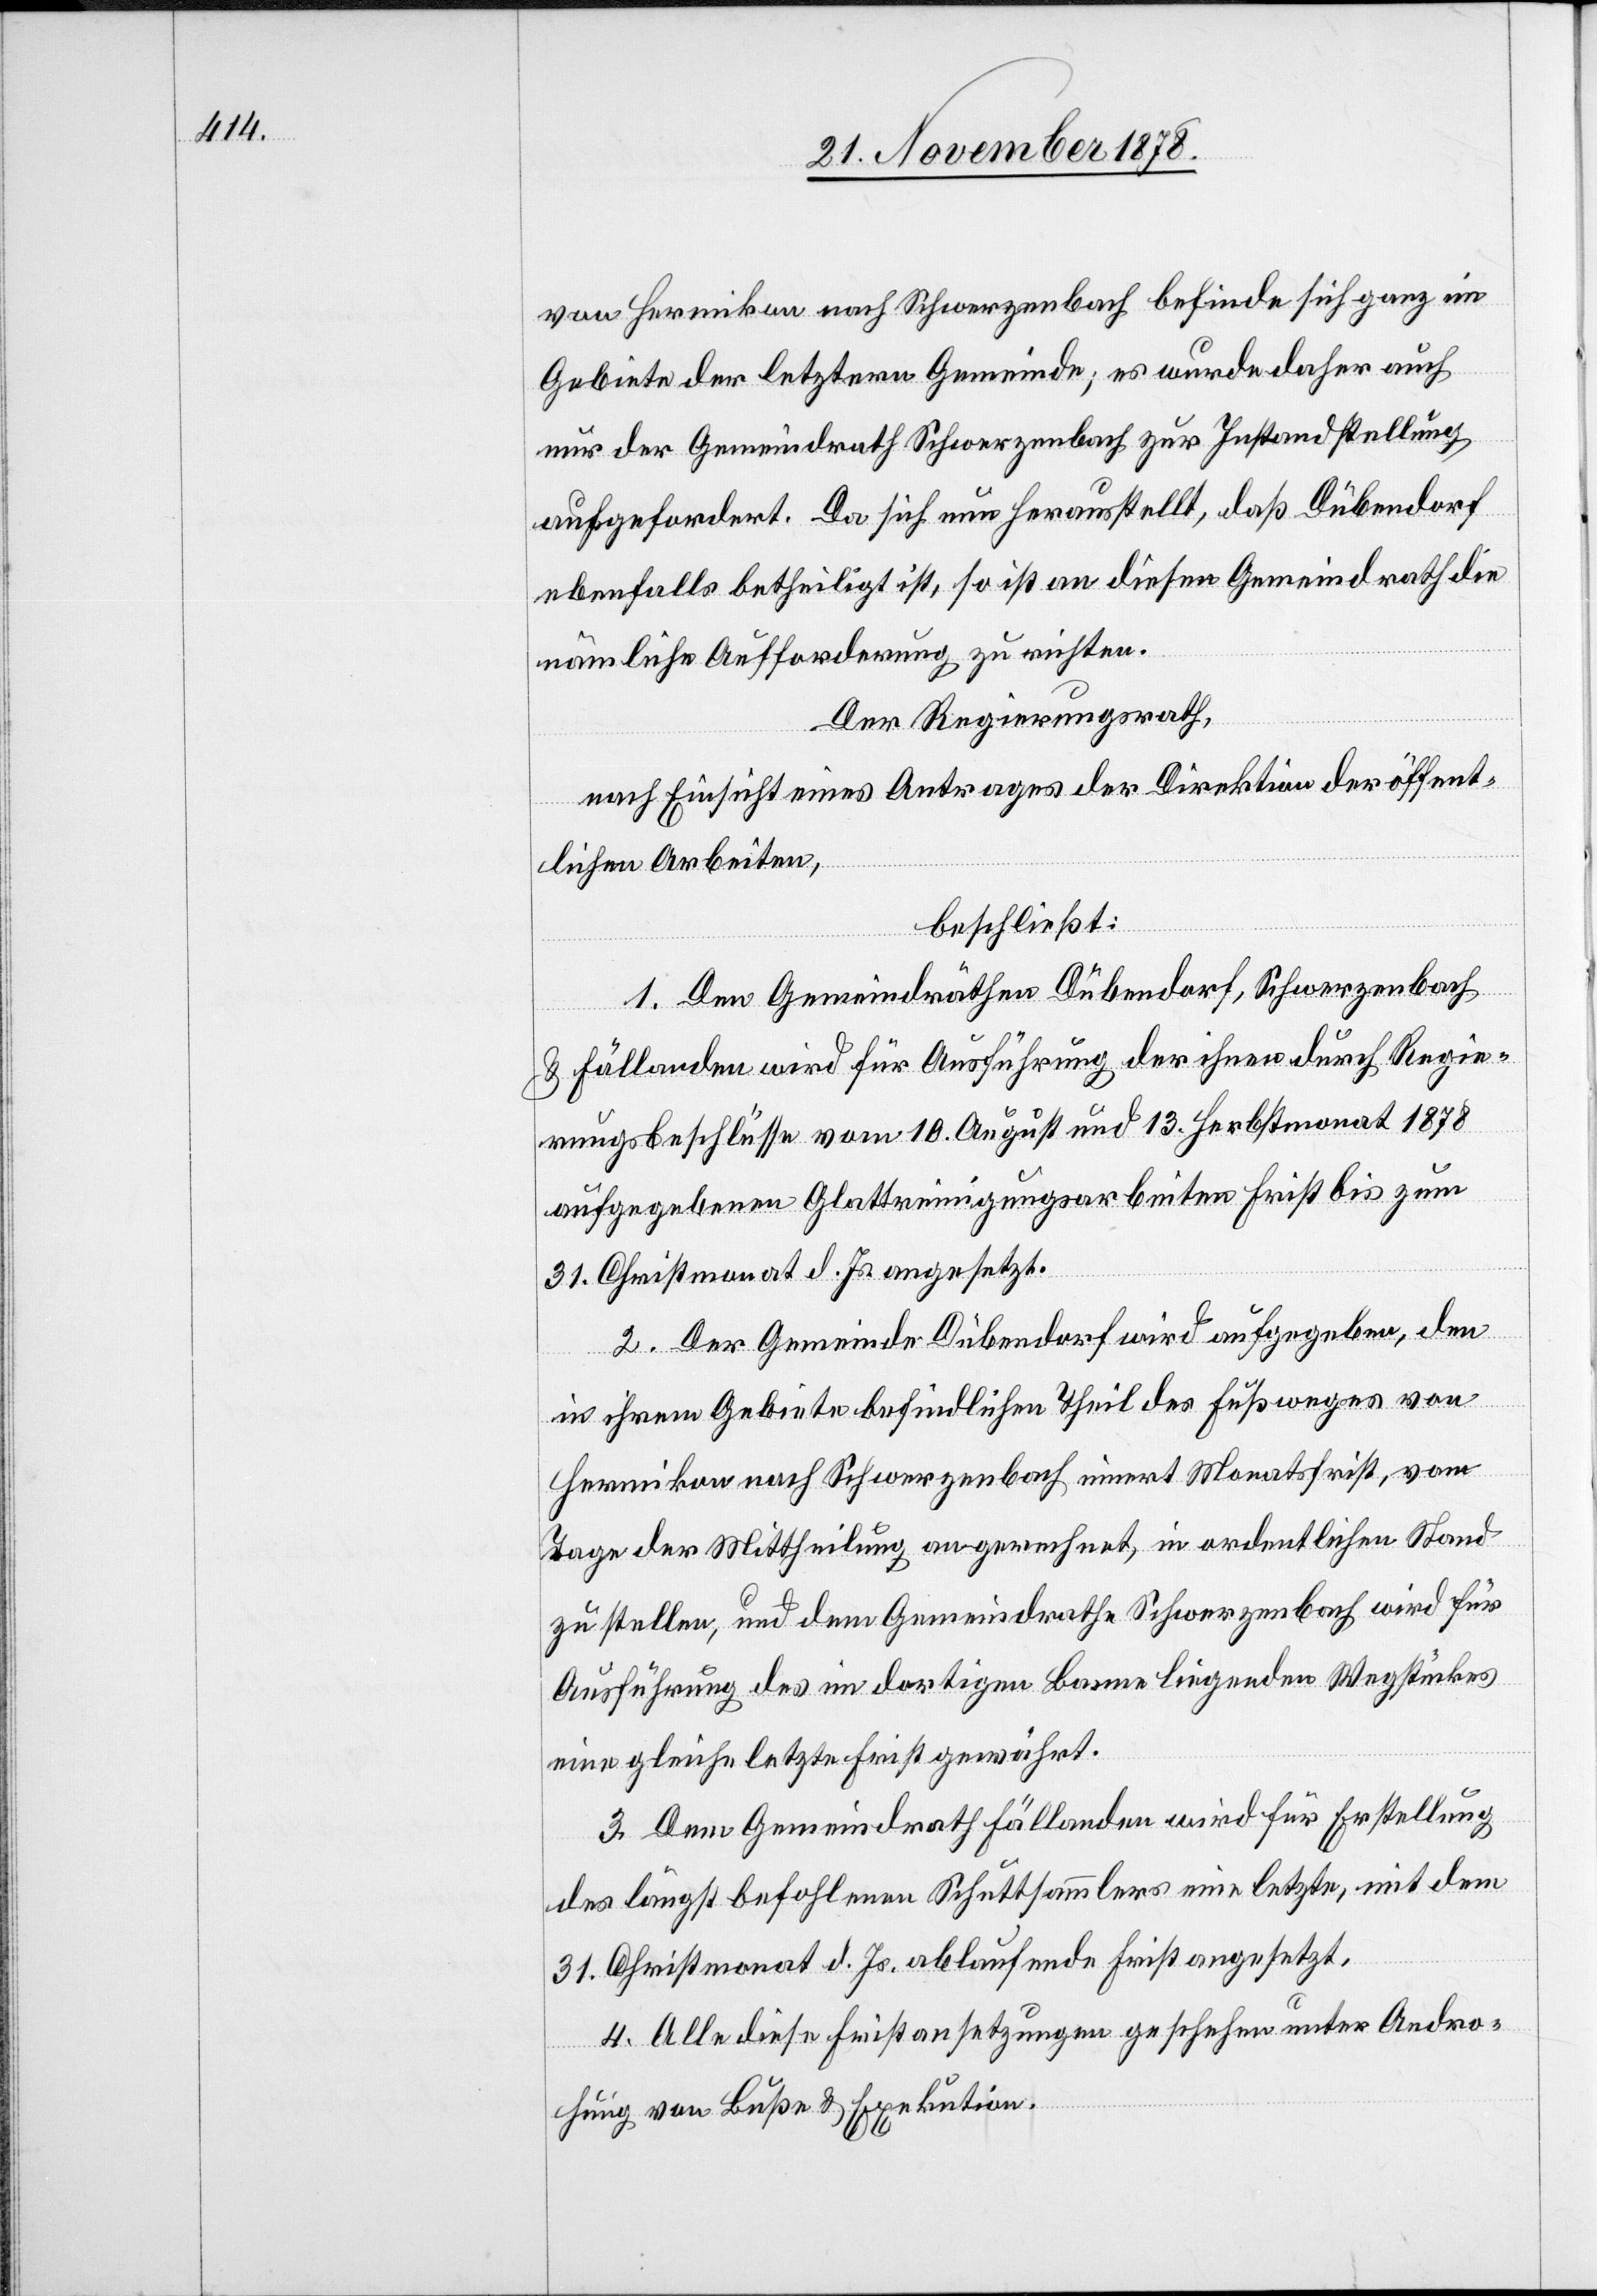
von Hermikon nach Schwerzenbach befinde sich ganz im
Gebiete der letztern Gemeinde; es wurde daher auch
nur der Gemeindrath Schwerzenbach zur Instandstellung
aufgefordert. Da sich nun herausstellt, daß Dübendorf
ebenfalls betheiligt ist, so ist an diesen Gemeindrath die
nämliche Aufforderung zu richten.
Der Regierungsrath,
nach Einsicht eines Antrages der Direktion der öffent¬
lichen Arbeiten,
beschließt:
1. Den Gemeindräthen Dübendorf, Schwerzenbach
& Fällanden wird für Ausführung der ihnen durch Regie¬
rungsbeschlüsse vom 10. August und 13. Herbstmonat 1878
aufgegebenen Glattreinigungsarbeiten Frist bis zum
31. Christmonat d. Js. angesetzt.
2. Der Gemeinde Dübendorf wird aufgegeben, den
in ihrem Gebiete befindlichen Theil des Fußweges von
Hermikon nach Schwerzenbach innert Monatsfrist, vom
Tage der Mittheilung an gerechnet, in ordentlichen Stand
zu stellen, und dem Gemeindrathe Schwerzenbach wird für
Ausführung des im dortigen Banne liegenden Wegstückes
eine gleiche letzte Frist gewährt.
3. Dem Gemeindrath Fällanden wird für Erstellung
des längst befohlenen Schuttsammlers eine letzte, mit dem
31. Christmonat d. Js. ablaufende Frist angesetzt.
4. Alle diese Fristansetzungen geschehen unter Andro¬
hung von Buße & Exekution.